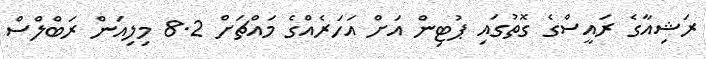
ރަޝިއާގެ ރައީސްގެ ގޮތުގައި ޕުޓިން އަށް އަހަރެއްގެ މައްޗަށް 8.2 މިލިއަން ރަބްލްސް